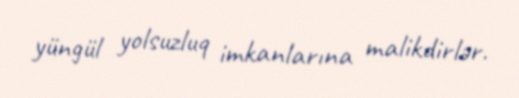
yüngül yolsuzluq imkanlarına malikdirlər.